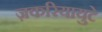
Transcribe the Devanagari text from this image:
ज़करियायुटे